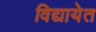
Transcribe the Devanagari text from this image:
विद्यायेत